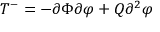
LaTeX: T ^ { - } = - \partial \Phi \partial \varphi + Q \partial ^ { 2 } \varphi